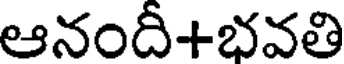
ఆనందీ+భవతి